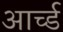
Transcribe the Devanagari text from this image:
आर्च्ड